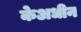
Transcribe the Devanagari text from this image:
केअधीन